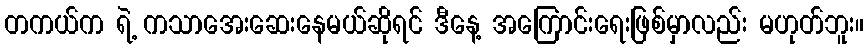
တကယ်က ရဲ့ ကသာအေးဆေးနေမယ်ဆိုရင် ဒီနေ့ အကြောင်းရေးဖြစ်မှာလည်း မဟုတ်ဘူး။